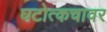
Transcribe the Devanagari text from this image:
घटोत्कचावर